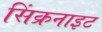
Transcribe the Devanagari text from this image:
सिंक्रनाइट